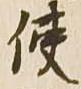
使